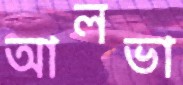
আলভা